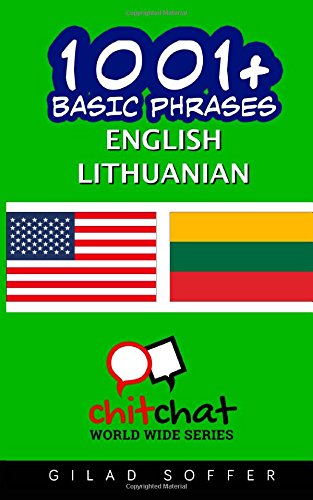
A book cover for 1001+ Basic Phrases English - Lithuanian; Gilad Soffer; Travel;